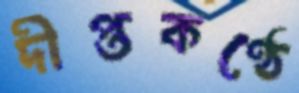
দীপ্তকণ্ঠে